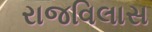
રાજવિલાસ